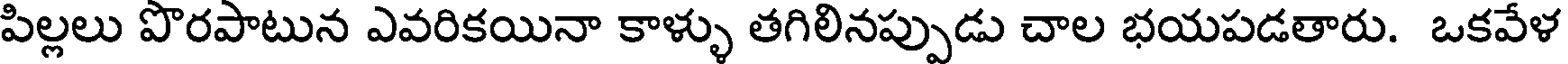
పిల్లలు పొరపాటున ఎవరికయినా కాళ్ళు తగిలినప్పుడు చాల భయపడతారు. ఒకవేళ